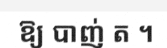
ឱ្យ បាញ់ ត ។